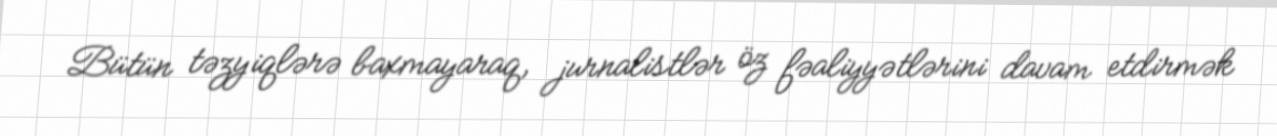
Bütün təzyiqlərə baxmayaraq, jurnalistlər öz fəaliyyətlərini davam etdirmək